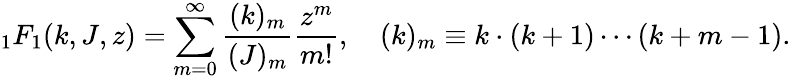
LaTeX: {}_{1}F_{1}(k,J,z)=\sum_{m=0}^{\infty}\frac{(k)_{m}}{(J)_{m}}\frac{z^{m}}{m!},\quad(k)_{m}\equiv k\cdot(k+1)\cdots(k+m-1).